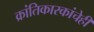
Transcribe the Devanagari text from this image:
क्रांतिकारकांचेही